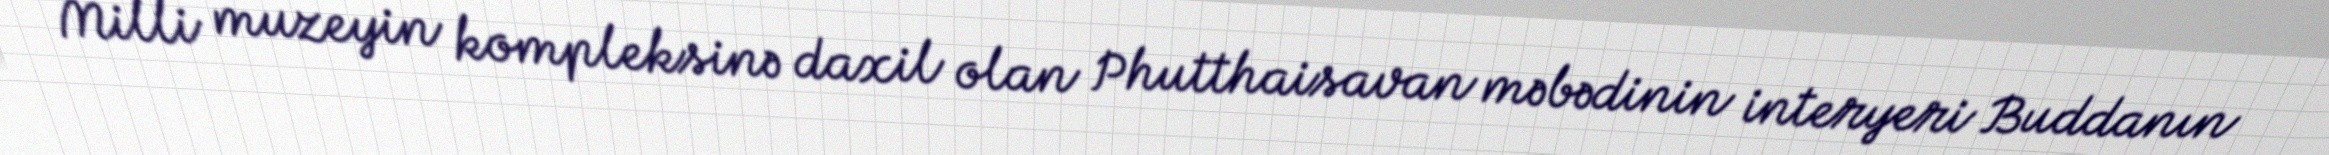
Milli muzeyin kompleksinə daxil olan Phutthaisavan məbədinin interyeri Buddanın